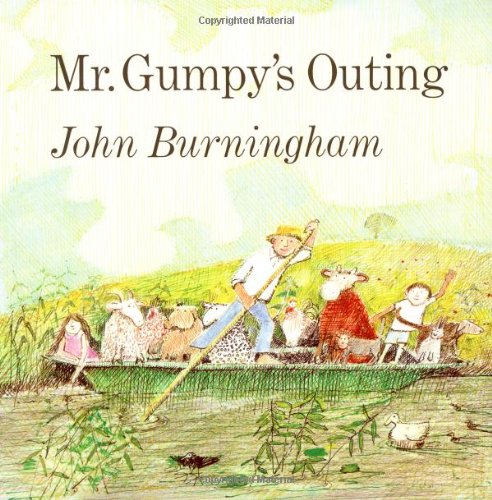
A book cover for Mr. Gumpy's Outing; John Burningham; Children's Books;